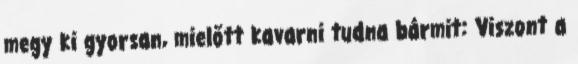
megy ki gyorsan, mielőtt kavarni tudna bármit: Viszont a